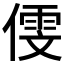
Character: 𠎋